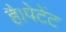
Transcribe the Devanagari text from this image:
है।पेटेंट